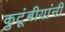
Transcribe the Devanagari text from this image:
कुटूंबीयांनी